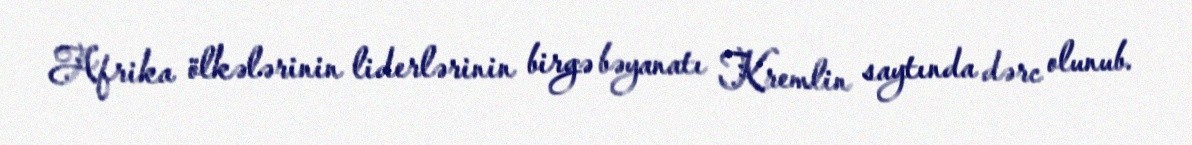
Afrika ölkələrinin liderlərinin birgə bəyanatı Kremlin saytında dərc olunub.